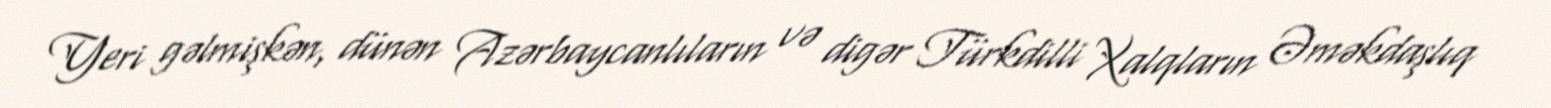
Yeri gəlmişkən, dünən Azərbaycanlıların və digər Türkdilli Xalqların Əməkdaşlıq